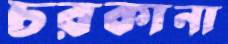
চরকানা